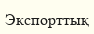
Экспорттық